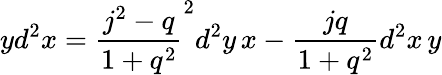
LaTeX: yd^{2}x=\frac{j^{2}-q}{1+q^{2}}^{2}d^{2}y\, x-\frac{jq}{1+q^{2}}d^{2}x\, y